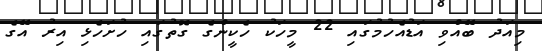
މިއަދު ބޭއްވި އަޑުއެހުމުގައި 22 މީހަކު ހެކީންގެ ގޮތުގައި ހުށަހެޅި އިރު އޭގެ